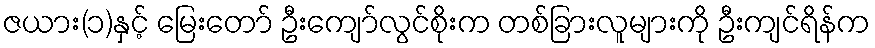
ဇယား(၁)နှင့် မြေးတော် ဦးကျော်လွင်စိုးက တစ်ခြားလူများကို ဦးကျင်ရိန်က